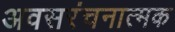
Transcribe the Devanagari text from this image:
अवसरंचनात्मक